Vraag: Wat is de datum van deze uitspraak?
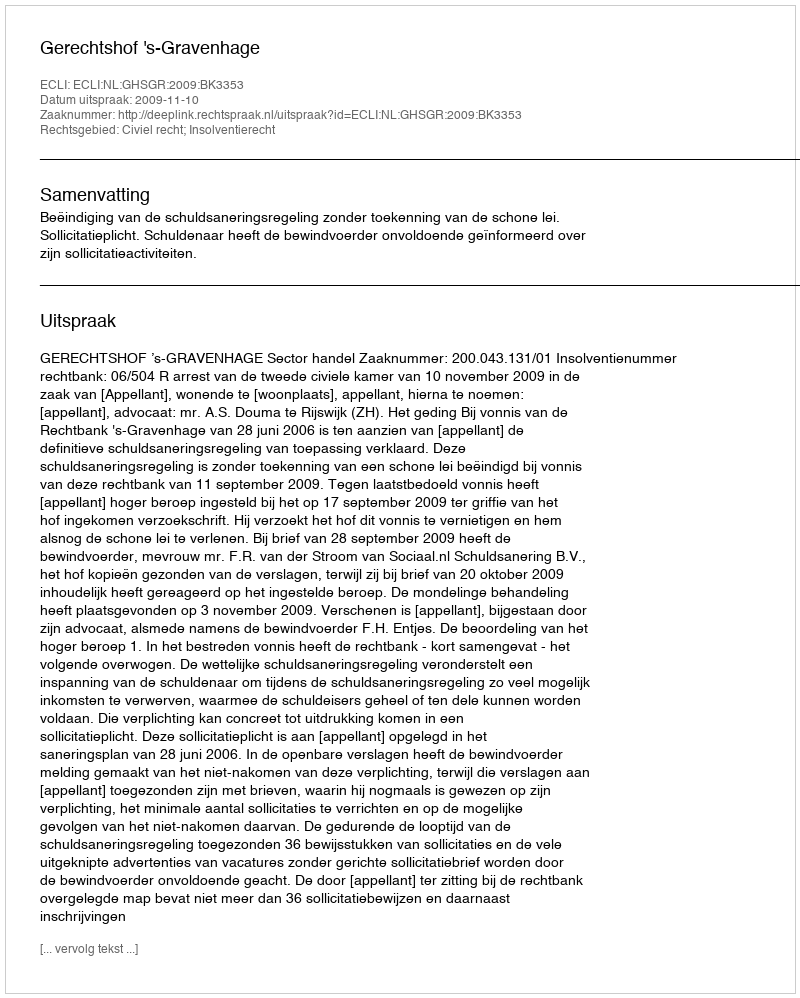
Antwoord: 2009-11-10